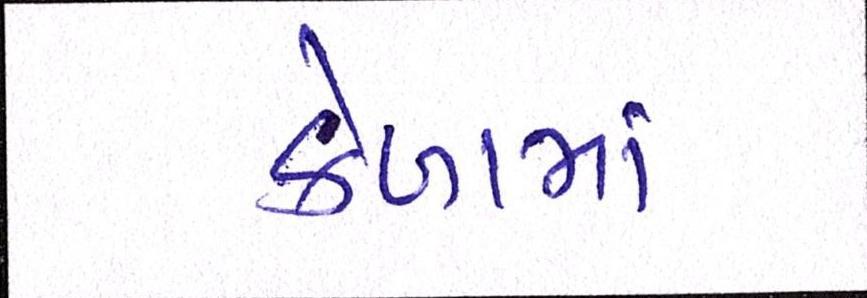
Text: કેળામાં